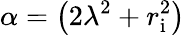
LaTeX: \alpha=\left(2\lambda^{2}+r_{\mathrm{{i}}}^{2}\right)